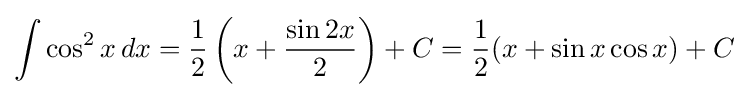
\int \cos ^{2}x\,dx={\frac {1}{2}}\left(x+{\frac {\sin 2x}{2}}\right)+C={\frac {1}{2}}(x+\sin x\cos x)+C